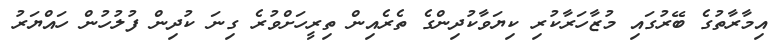
އިމާރާތުގެ ބޭރުގައި މުޒާހަރާކުރި ކިޔަވާކުދިންގެ ތެރެއިން ތިރީހަށްވުރެ ގިނަ ކުދިން ފުލުހުން ހައްޔަރު